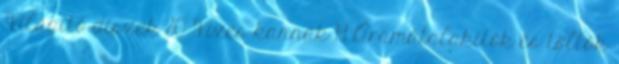
Világító díszek 80 Vizes kannák 19 Áramátalakítók és töltők